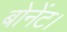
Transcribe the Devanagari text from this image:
बोनेंट।